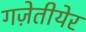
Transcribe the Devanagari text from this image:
गज़ेतीयेर